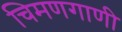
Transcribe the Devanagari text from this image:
चिमणगाणी